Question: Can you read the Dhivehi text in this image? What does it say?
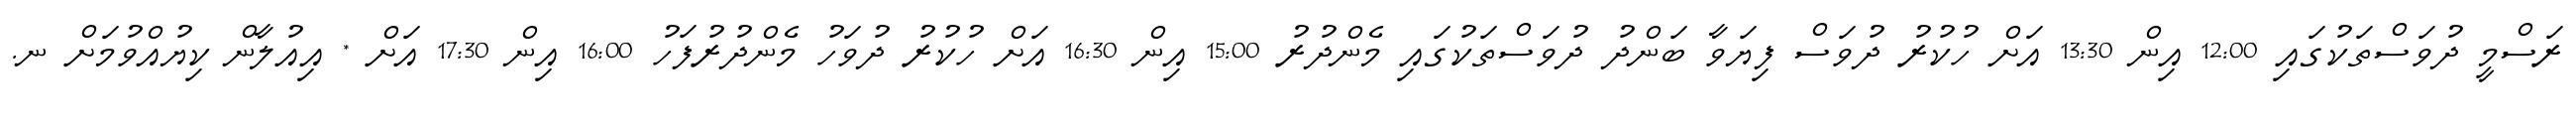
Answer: ރަސްމީ ދުވަސްތަކުގައި 12:00 އިން 13:30 އަށް ހުކުރު ދުވަސް ފިޔަވާ ބަންދު ދުވަސްތަކުގައި މެންދުރު 15:00 އިން 16:30 އަށް ހުކުރު ދުވަހު މެންދުރުފަހު 16:00 އިން 17:30 އަށް * އިއުލާން ކިޔުއްވުމަށް ނ.